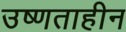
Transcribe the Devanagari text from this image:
उष्णताहीन